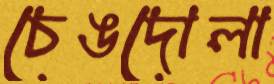
চেঙদোলা